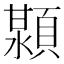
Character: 𬱊